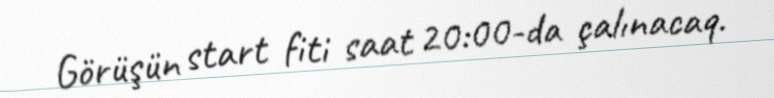
Görüşün start fiti saat 20:00-da çalınacaq.